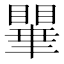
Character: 𭿥